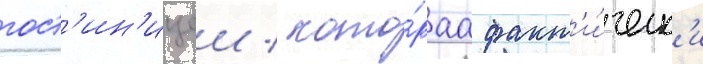
гост'ин'ицеи / кото́раа факт'и́ческ'и